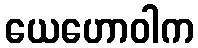
ယေဟောဝါက